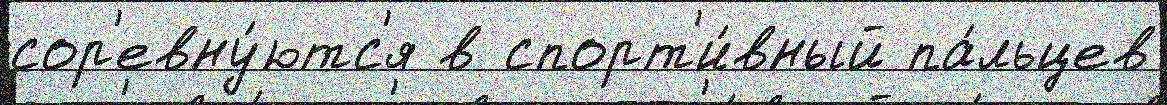
сор'евну́ютс'я в спорт'и́вный па́льцев